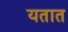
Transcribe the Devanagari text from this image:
यतात